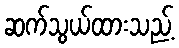
ဆက်သွယ်ထားသည့်